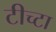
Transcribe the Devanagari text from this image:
टीच्टा